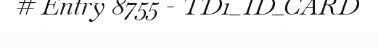
# Entry 8755 - TD1_ID_CARD